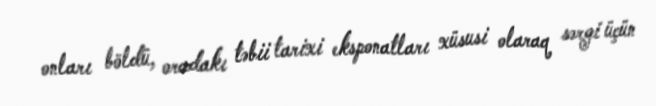
onları böldü, oradakı təbii tarixi eksponatları xüsusi olaraq sərgi üçün